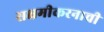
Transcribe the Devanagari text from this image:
सक्षमीकरनाची